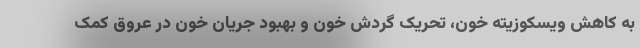
به کاهش ویسکوزیته خون، تحریک گردش خون و بهبود جریان خون در عروق کمک